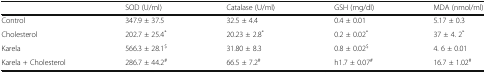
|  | SOD (U/ml) | Catalase (U/ml) | GSH (mg/dl) | MDA (nmol/ml) |
 | --- | --- | --- | --- | --- |
 | Control | 347.9 ± 37.5 | 32.5 ± 4.4 | 0.4 ± 0.01 | 5.17 ± 0.3 |
 | Cholesterol | 202.7 ± 25.4* | 20.23 ± 2.8* | 0.2 ± 0.02* | 37 ± 4. 2* |
 | Karela | 566.3 ± 28.1$ | 31.80 ± 8.3 | 0.8 ± 0.02$ | 4. 6 ± 0.01 |
 | Karela + Cholesterol | 286.7 ± 44.2# | 66.5 ± 7.2# | h1.7 ± 0.07# | 16.7 ± 1.02# |